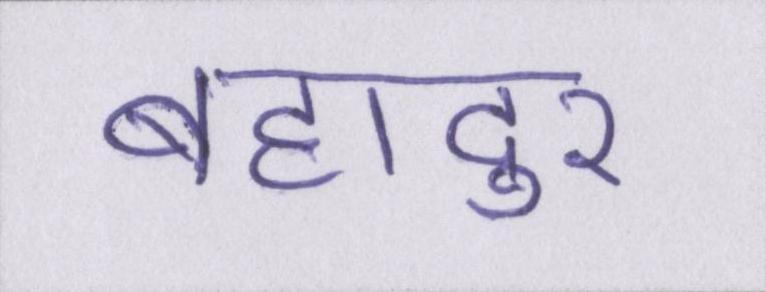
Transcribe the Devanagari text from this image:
बहादुर